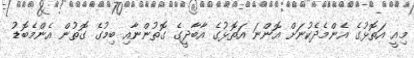
މިއީ އަތޮޅުގެ އެންމެދެކުނަށް އޮންނަ އަތޮޅުގެ އާބާދީގެ ގޮތުންނާއި ބިމުގެ ގޮތުން އެންމެބޮޑު